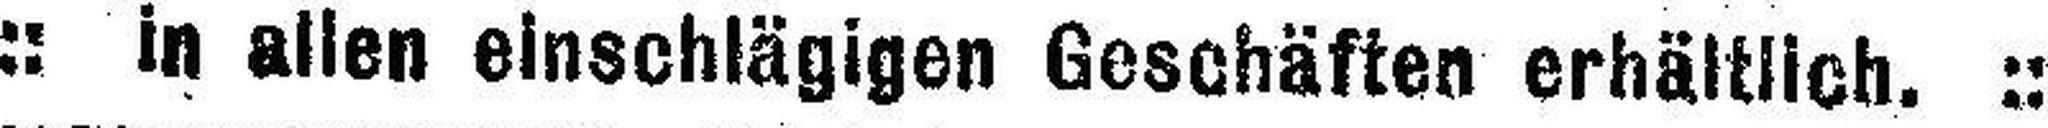
:: in allen einschlägigen Geschäften erhältlich. ::